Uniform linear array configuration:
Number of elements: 24
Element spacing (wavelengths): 0.5
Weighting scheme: uniform
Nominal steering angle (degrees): -45
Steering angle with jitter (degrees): -46.089
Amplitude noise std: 0.05
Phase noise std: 0.05

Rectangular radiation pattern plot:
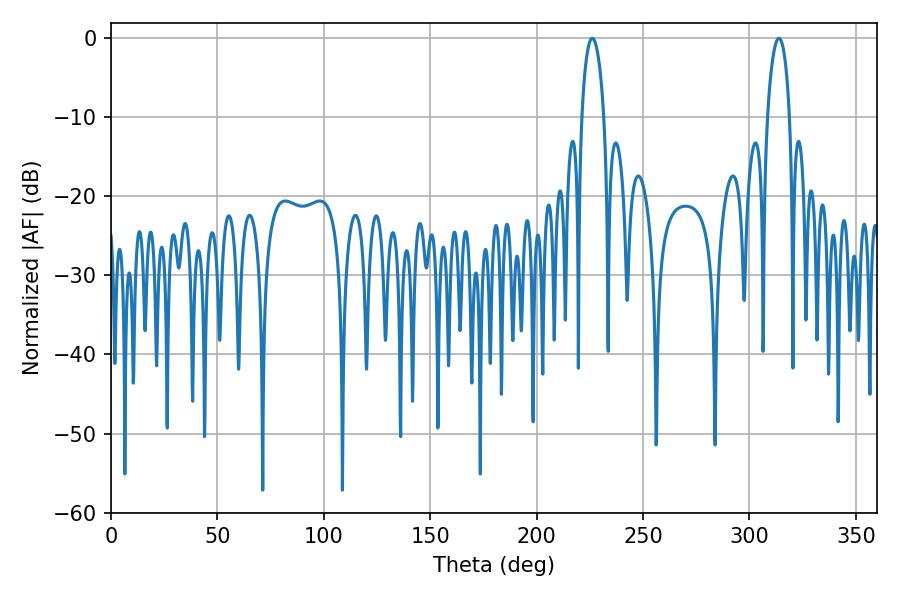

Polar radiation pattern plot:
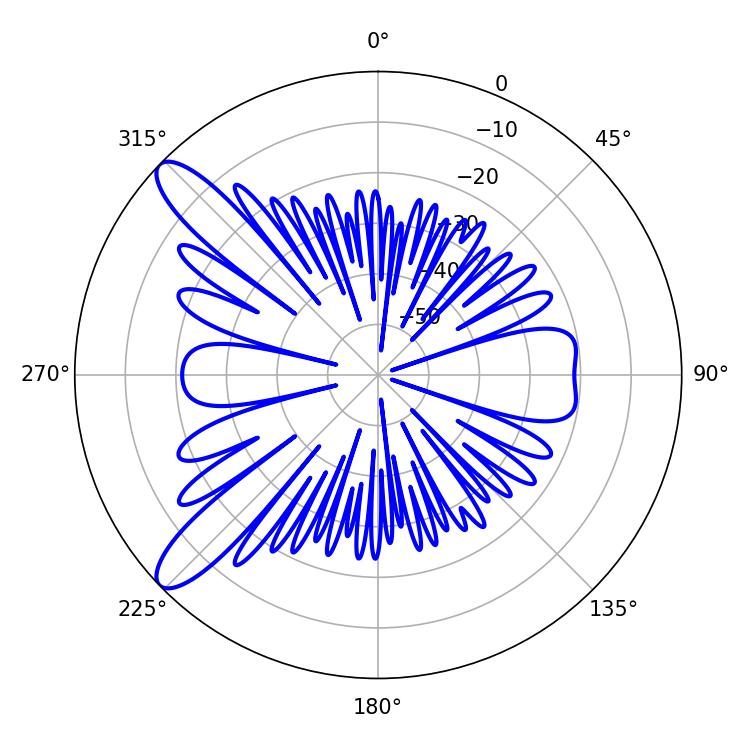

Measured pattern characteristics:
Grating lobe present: FALSE
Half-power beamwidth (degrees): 5.94
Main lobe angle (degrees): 313.92